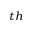
_ { t h }